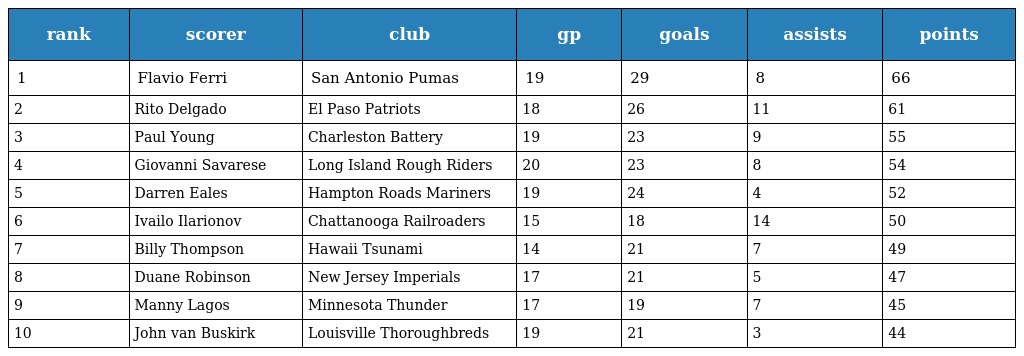
| rank | scorer | club | gp | goals | assists | points |
 | --- | --- | --- | --- | --- | --- | --- |
 | 1 | Flavio Ferri | San Antonio Pumas | 19 | 29 | 8 | 66 |
 | 2 | Rito Delgado | El Paso Patriots | 18 | 26 | 11 | 61 |
 | 3 | Paul Young | Charleston Battery | 19 | 23 | 9 | 55 |
 | 4 | Giovanni Savarese | Long Island Rough Riders | 20 | 23 | 8 | 54 |
 | 5 | Darren Eales | Hampton Roads Mariners | 19 | 24 | 4 | 52 |
 | 6 | Ivailo Ilarionov | Chattanooga Railroaders | 15 | 18 | 14 | 50 |
 | 7 | Billy Thompson | Hawaii Tsunami | 14 | 21 | 7 | 49 |
 | 8 | Duane Robinson | New Jersey Imperials | 17 | 21 | 5 | 47 |
 | 9 | Manny Lagos | Minnesota Thunder | 17 | 19 | 7 | 45 |
 | 10 | John van Buskirk | Louisville Thoroughbreds | 19 | 21 | 3 | 44 |